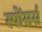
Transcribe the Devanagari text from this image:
स्पोंसर्स